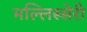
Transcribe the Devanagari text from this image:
मल्लिस्सेरी